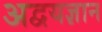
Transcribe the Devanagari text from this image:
अद्वयज्ञान